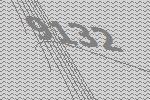
9132